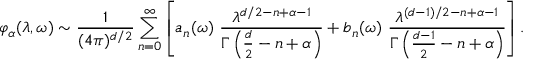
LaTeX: \varphi _ { \alpha } ( \lambda , \omega ) \sim { \frac { 1 } { ( 4 \pi ) ^ { d / 2 } } } \sum _ { n = 0 } ^ { \infty } \left[ a _ { n } ( \omega ) ~ { \frac { \lambda ^ { d / 2 - n + \alpha - 1 } } { \Gamma \left( \frac d 2 - n + \alpha \right) } } + b _ { n } ( \omega ) ~ { \frac { \lambda ^ { ( d - 1 ) / 2 - n + \alpha - 1 } } { \Gamma \left( { \frac { d - 1 } { 2 } } - n + \alpha \right) } } \right] .